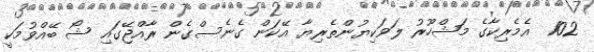
102  އެމެރިކާގެ މަޝްހޫރު ލަވަކިޔުންތެރިޔާ އޭކަން ގެނެސްގެން ރާއްޖޭގައި ޝޯ ބޭއްވުމަކީ